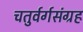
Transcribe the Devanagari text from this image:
चतुर्वर्गसंग्रह